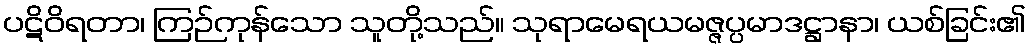
ပဋိဝိရတာ၊ ကြဉ်ကုန်သော သူတို့သည်။ သုရာမေရယမဇ္ဇပ္ပမာဒဋ္ဌာနာ၊ ယစ်ခြင်း၏